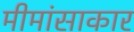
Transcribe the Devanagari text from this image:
मीमांसाकार